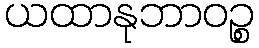
ယထာနုဘာဝဉ္စ